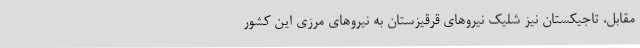
مقابل، تاجیکستان نیز شلیک نیروهای قرقیزستان به نیروهای مرزی این کشور